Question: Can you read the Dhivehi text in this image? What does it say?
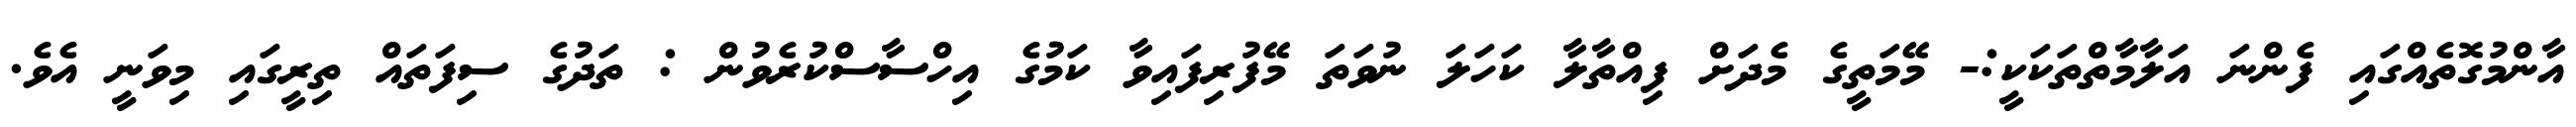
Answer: އާންމުގޮތެއްގައި ފެންނަ އަލާމާތްތަކަކީ:- މޭމަތީގެ މެދަށް ފިއްތާލާ ކަހަލަ ނުވަތަ މޭފުރިފައިވާ ކަމުގެ އިހްސާސްކުރެވުން : ތަދުގެ ސިފަތައް ތިރީގައި މިވަނީ އެވެ.